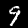
Label: 9